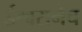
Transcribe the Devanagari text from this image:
ईश्वरानेच